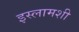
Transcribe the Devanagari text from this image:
इस्लामशी